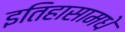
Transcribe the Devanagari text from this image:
इतिहासामधे